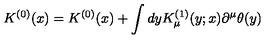
K ^ { ( 0 ) } ( x ) = K ^ { ( 0 ) } ( x ) + \int d y K _ { \mu } ^ { ( 1 ) } ( y ; x ) \partial ^ { \mu } \theta ( y )